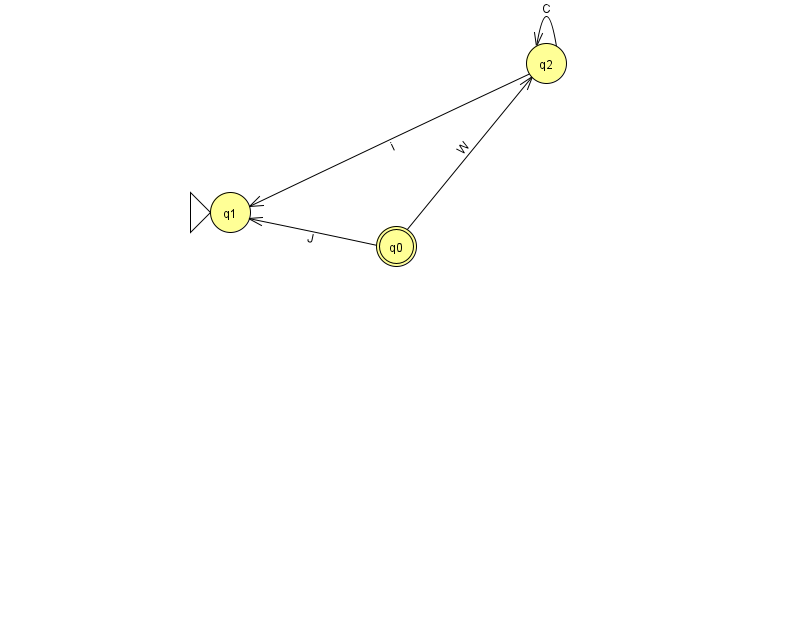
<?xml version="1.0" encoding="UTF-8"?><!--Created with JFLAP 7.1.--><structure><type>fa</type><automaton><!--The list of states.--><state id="0" name="q0"><x>396.0</x><y>233.0</y><final/></state><state id="1" name="q1"><x>230.0</x><y>199.0</y><initial/></state><state id="2" name="q2"><x>546.0</x><y>50.0</y></state><!--The list of transitions.--><transition><from>0</from><to>2</to><read>W</read></transition><transition><from>2</from><to>2</to><read>C</read></transition><transition><from>0</from><to>1</to><read>J</read></transition><transition><from>2</from><to>1</to><read>i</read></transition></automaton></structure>